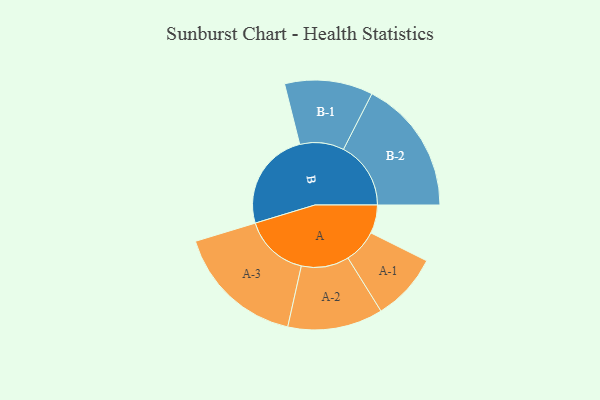
{"axis": {"x": "Segment", "y": "Value"}, "legend": ["", "A", "B"], "data": [{"x": "A", "y": 121, "type": ""}, {"x": "B", "y": 423, "type": ""}, {"x": "A-1", "y": 144, "type": "A"}, {"x": "A-2", "y": 203, "type": "A"}, {"x": "A-3", "y": 276, "type": "A"}, {"x": "B-1", "y": 188, "type": "B"}, {"x": "B-2", "y": 287, "type": "B"}]}